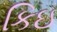
કિઇ